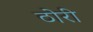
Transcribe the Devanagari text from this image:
ठोरी